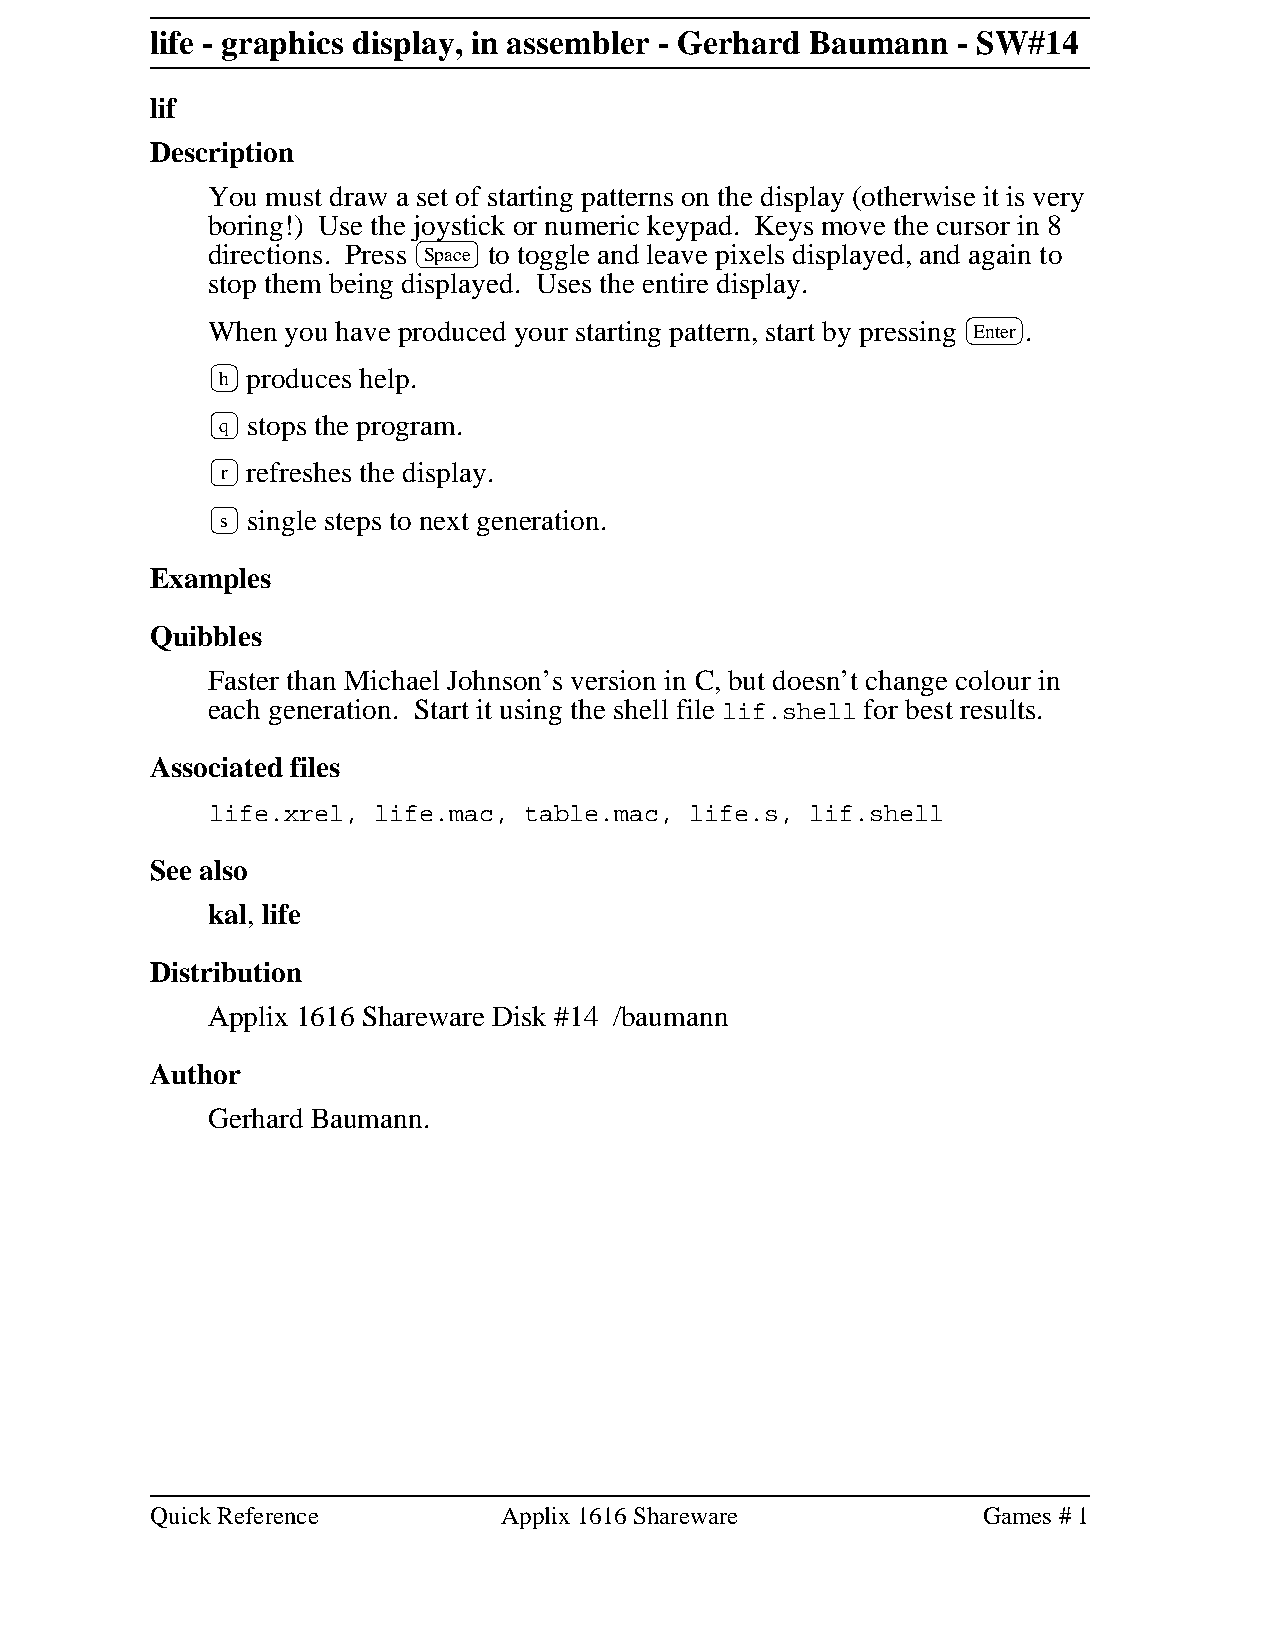
life - graphics display, in assembler - Gerhard Baumann - SW#14
 lif
 Description
 You must draw a set of starting patterns on the display (otherwise it is very
 boring!) Use the joystick or numeric keypad. Keys move the cursor in 8
 directions. Press Space to toggle and leave pixels displayed, and again to
 stop them being displayed. Uses the entire display.
 When you have produced your starting pattern, start by pressing Enter .
 h produces help.
 q stops the program.
 r refreshes the display.
 s single steps to next generation.
 Examples
 Quibbles
 Faster than Michael Johnson’s version in C, but doesn’t change colour in
 each generation. Start it using the shell file lif.shell for best results.
 Associated files
 life.xrel, life.mac, table.mac, life.s, lif.shell
 See also
 kal, life
 Distribution
 Applix 1616 Shareware Disk #14 /baumann
 Author
 Gerhard Baumann.
 Quick Reference        Applix 1616 Shareware           Games # 1